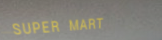
SUPER MART